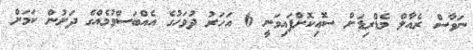
ނަވާސް ރެއާލް މެޑްރިޑަށް ސޮއިކޮށްފައިވަނީ 6 އަހަރު ދުވަހުގެ އެއްބަސްވުމެއްގެ ދަށުން ކަމަށް